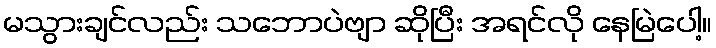
မသွားချင်လည်း သဘောပဲဗျာ ဆိုပြီး အရင်လို နေမြဲပေါ့။